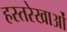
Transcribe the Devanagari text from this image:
हस्तरेखाओं